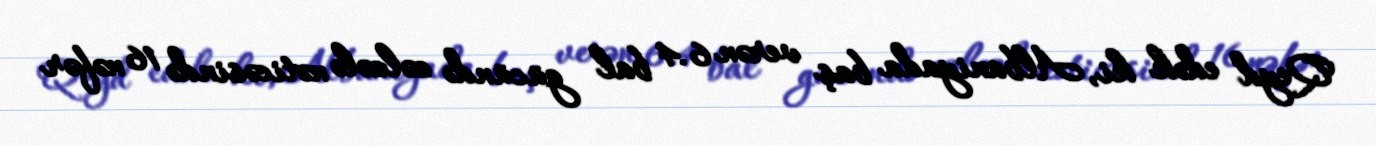
Qeyd edək ki, Albaniyada baş verən 6.4 bal gücündə zəlzələ nəticəsində 16 nəfər